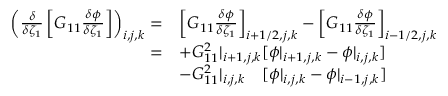
\begin{array} { r l } { \left( \frac { \delta } { \delta \zeta _ { 1 } } \left[ G _ { 1 1 } \frac { \delta \phi } { \delta \zeta _ { 1 } } \right] \right) _ { i , j , k } = } & { \left[ G _ { 1 1 } \frac { \delta \phi } { \delta \zeta _ { 1 } } \right] _ { i + 1 / 2 , j , k } - \left[ G _ { 1 1 } \frac { \delta \phi } { \delta \zeta _ { 1 } } \right] _ { i - 1 / 2 , j , k } } \\ { = } & { + G _ { 1 1 } ^ { 2 } | _ { i + 1 , j , k } [ \phi | _ { i + 1 , j , k } - \phi | _ { i , j , k } ] } \\ & { - G _ { 1 1 } ^ { 2 } | _ { i , j , k } \quad [ \phi | _ { i , j , k } - \phi | _ { i - 1 , j , k } ] } \end{array}